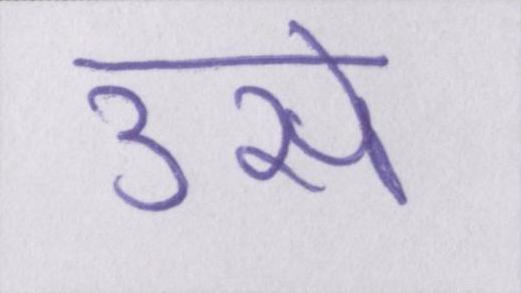
उसे